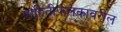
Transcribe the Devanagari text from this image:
माहितीफलकावरील